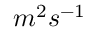
m ^ { 2 } s ^ { - 1 }